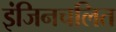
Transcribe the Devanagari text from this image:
इंजिनचलित